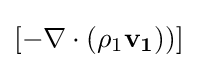
[-\nabla \cdot ({\mathit {\rho }}_{1}{\textbf {v}}_{\textbf {1}}))]